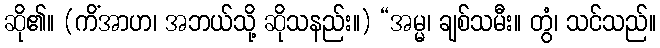
ဆို၏။ (ကိံအာဟ၊ အဘယ်သို့ ဆိုသနည်း။) “အမ္မ၊ ချစ်သမီး။ တွံ၊ သင်သည်။